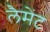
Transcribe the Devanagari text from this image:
लैमेंट